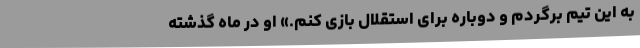
به این تیم برگردم و دوباره برای استقلال بازی کنم.» او در ماه گذشته